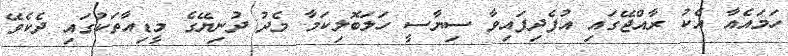
ހަމައެއާ އެކު ރާއްޖޭގައި އުފެދިފައިވާ ސިޔާސީ ހަލަބޮލިކަމާ މެދު ދުނިޔޭގެ މީޑިއާތަކުގައި ދެކެވޭ